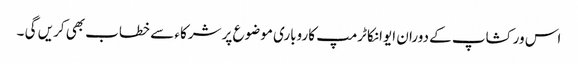
اس ورکشاپ کے دوران ایوانکا ٹرمپ کاروباری موضوع پر شرکاء سے خطاب بھی کریں گی ۔